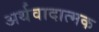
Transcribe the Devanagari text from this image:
अर्थवादात्मक